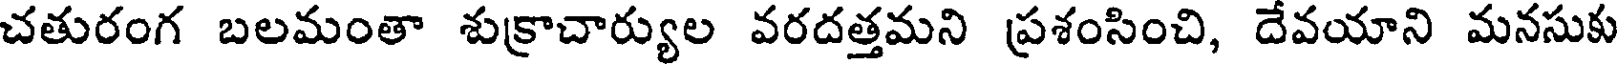
చతురంగ బలమంతా శుక్రాచార్యుల వరదత్తమని ప్రశంసించి, దేవయాని మనసుకు